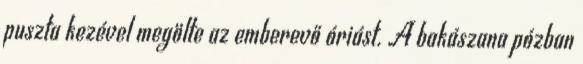
puszta kezével megölte az emberevő óriást. A bakászana pózban